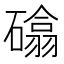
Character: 𮁈